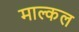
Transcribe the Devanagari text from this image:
माल्कल